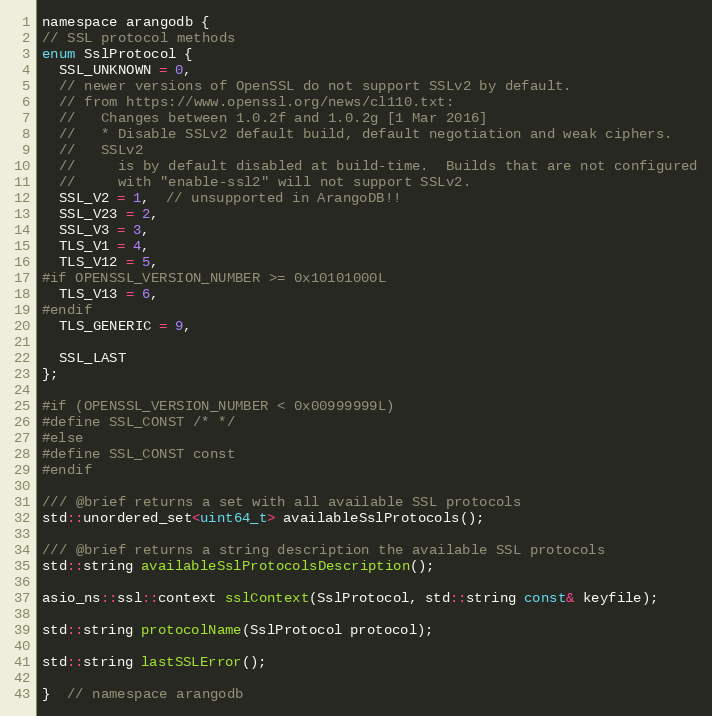
Language: C
namespace arangodb {
// SSL protocol methods
enum SslProtocol {
  SSL_UNKNOWN = 0,
  // newer versions of OpenSSL do not support SSLv2 by default.
  // from https://www.openssl.org/news/cl110.txt:
  //   Changes between 1.0.2f and 1.0.2g [1 Mar 2016]
  //   * Disable SSLv2 default build, default negotiation and weak ciphers.
  //   SSLv2
  //     is by default disabled at build-time.  Builds that are not configured
  //     with "enable-ssl2" will not support SSLv2.
  SSL_V2 = 1,  // unsupported in ArangoDB!!
  SSL_V23 = 2,
  SSL_V3 = 3,
  TLS_V1 = 4,
  TLS_V12 = 5,
#if OPENSSL_VERSION_NUMBER >= 0x10101000L
  TLS_V13 = 6,
#endif
  TLS_GENERIC = 9,

  SSL_LAST
};

#if (OPENSSL_VERSION_NUMBER < 0x00999999L)
#define SSL_CONST /* */
#else
#define SSL_CONST const
#endif

/// @brief returns a set with all available SSL protocols
std::unordered_set<uint64_t> availableSslProtocols();

/// @brief returns a string description the available SSL protocols
std::string availableSslProtocolsDescription();

asio_ns::ssl::context sslContext(SslProtocol, std::string const& keyfile);

std::string protocolName(SslProtocol protocol);

std::string lastSSLError();

}  // namespace arangodb